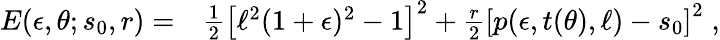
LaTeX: \begin{array}{rl}{E(\epsilon,\theta;s_{0},r)=}&{{}\frac{1}{2}\left[\ell^{2}(1+\epsilon)^{2}-1\right]^{2}+\frac{r}{2}\left[p(\epsilon,t(\theta),\ell)-s_{0}\right]^{2}\; ,}\end{array}